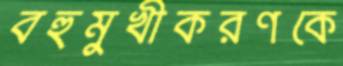
বহুমুখীকরণকে